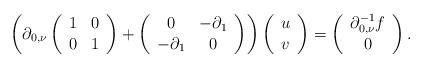
LaTeX: \begin{align*}\left(\partial_{0,\nu}\left(\begin{array}{cc}1 & 0\\0 & 1\end{array}\right)+\left(\begin{array}{cc}0 & -\partial_{1}\\-\partial_{1} & 0\end{array}\right)\right)\left(\begin{array}{c}u\\v\end{array}\right)=\left(\begin{array}{c}\partial_{0,\nu}^{-1}f\\0\end{array}\right).\end{align*}